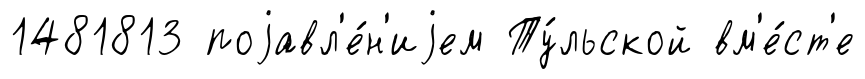
1481813 поjавл'е́н'иjем Ту́льской вм'е́ст'е